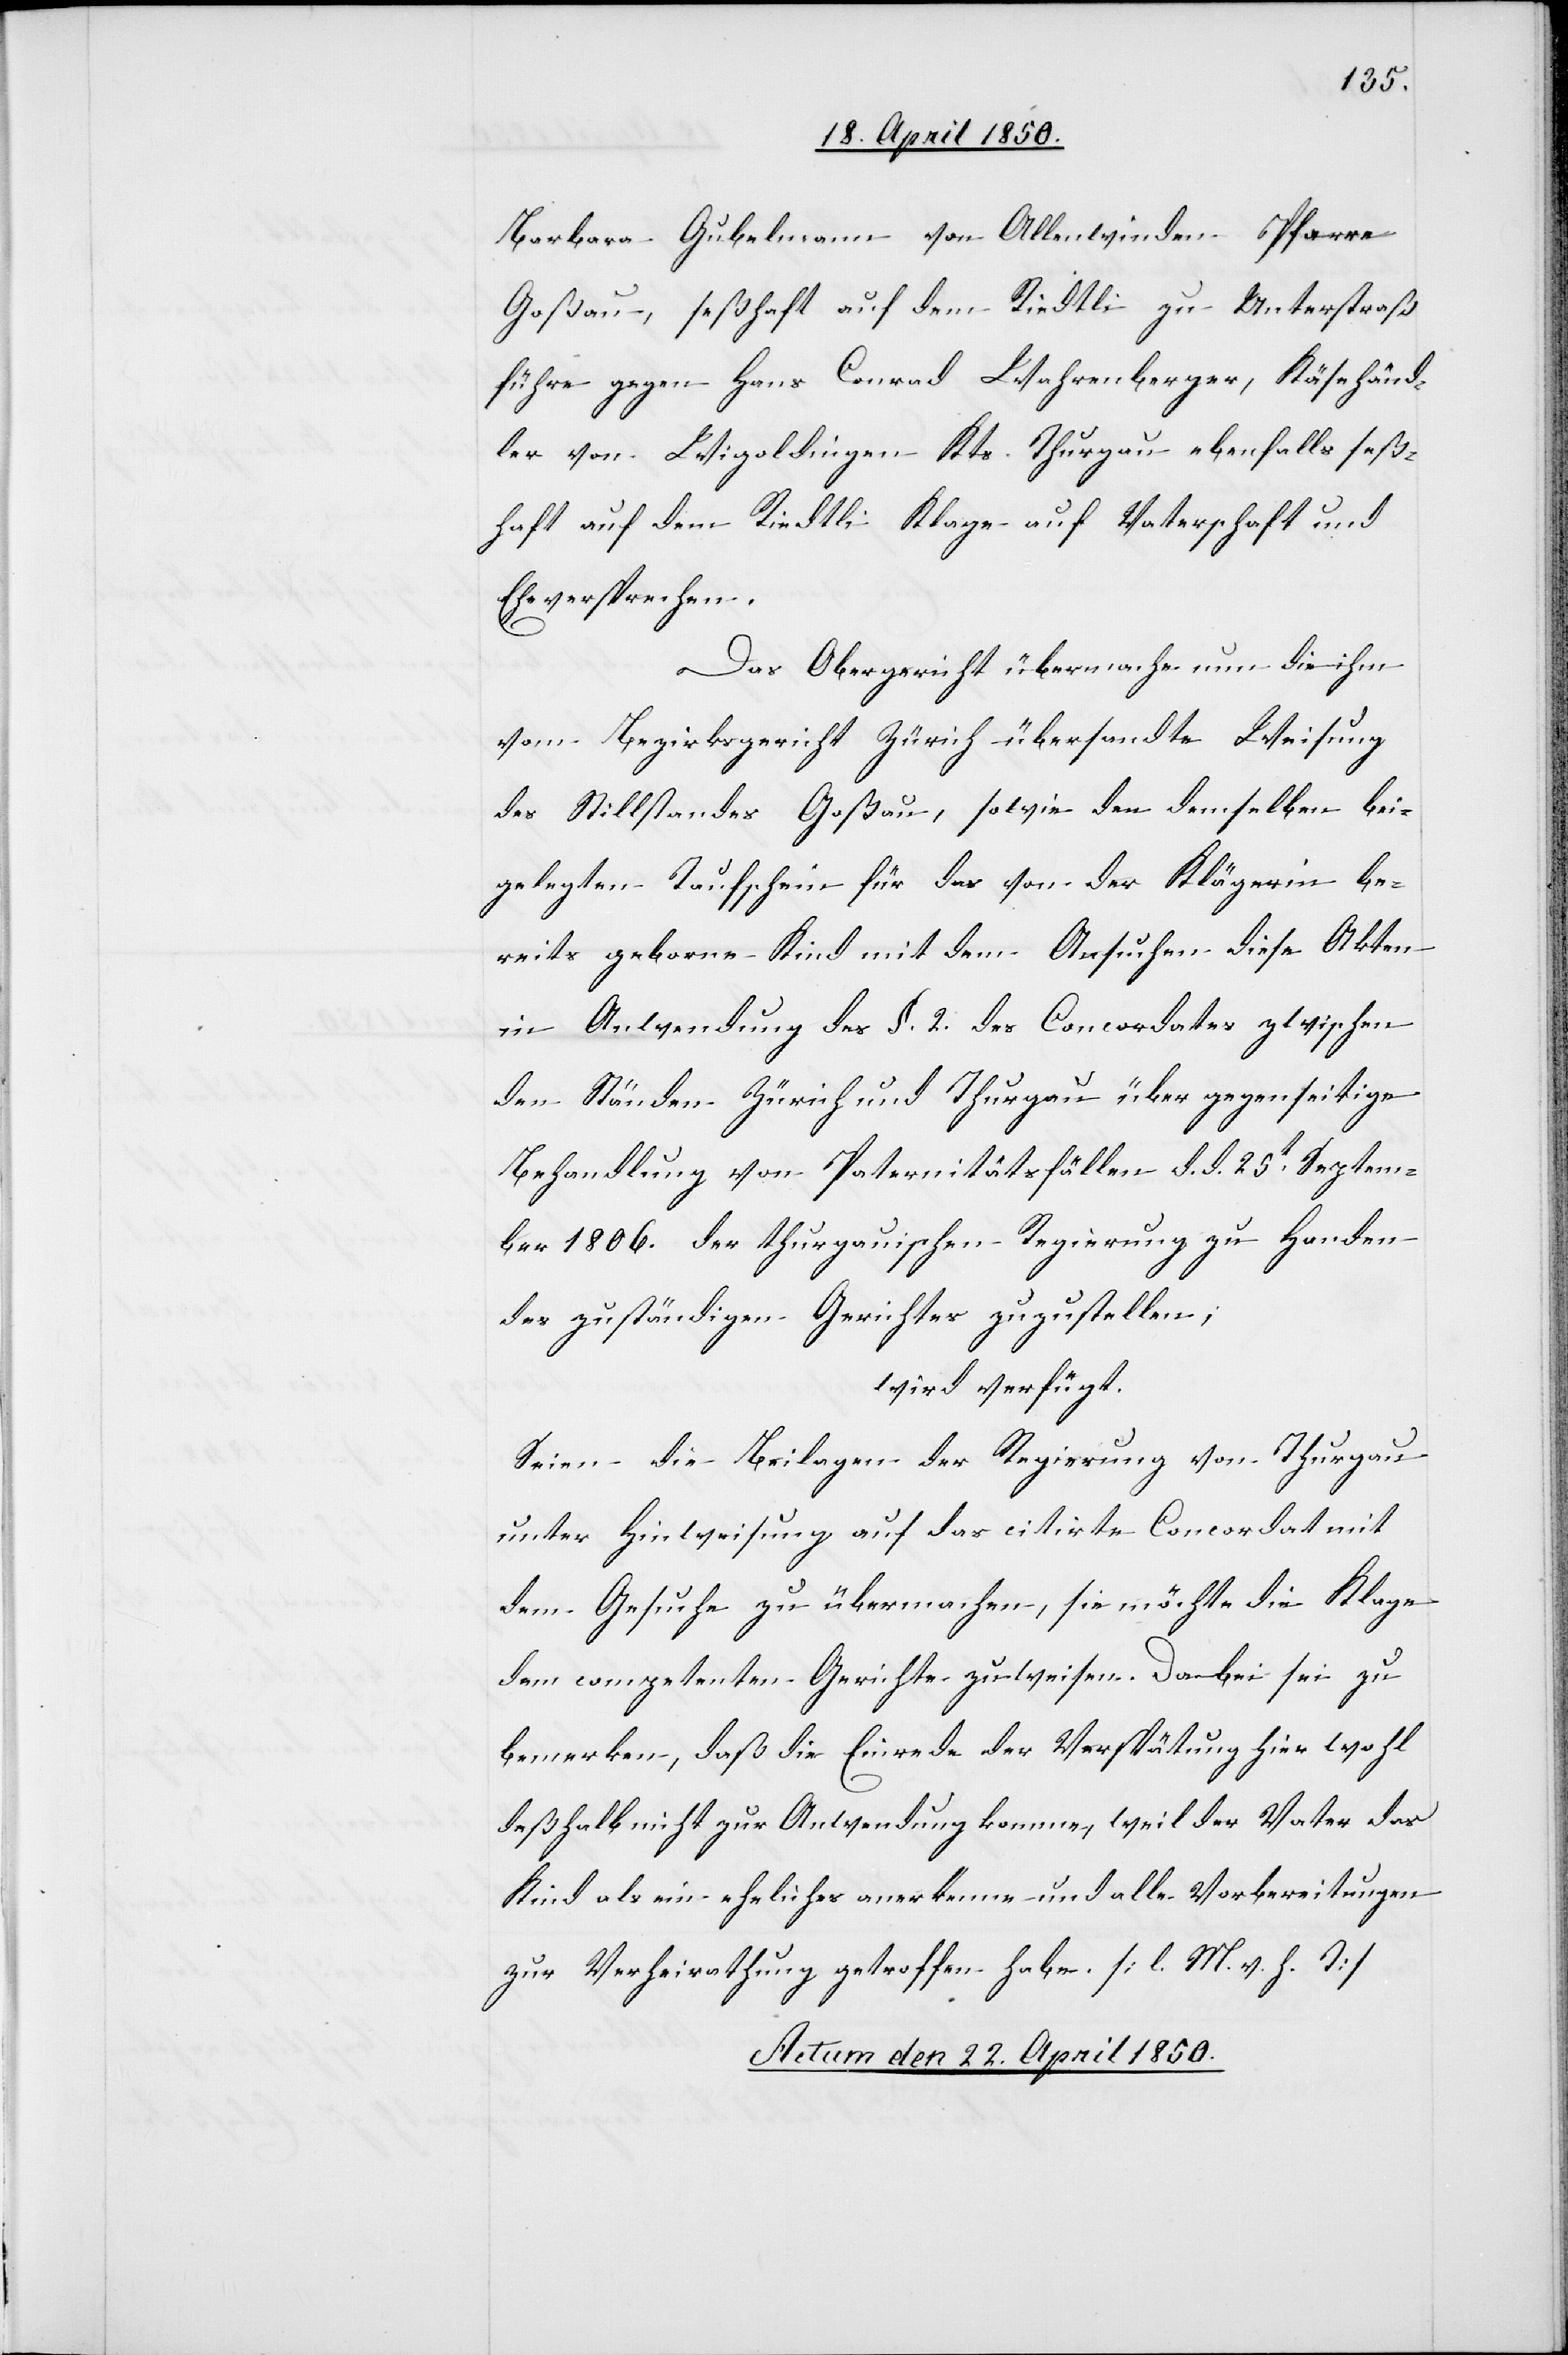
Barbara Gubelmann von Allenwinden Pfarre
Goßau seßhaft auf dem Riedtli zu Unterstraß
führe gegen Hans Conrad Wahrenberger, Käsehänd¬
ler von Wigoldingen Kts. Thurgau ebenfalls seß¬
haft auf dem Riedtli Klage auf Vaterschaft und
Eheversprechen.
Das Obergericht übermache nun die ihm
vom Bezirksgericht Zürich übersandte Weisung
des Stillstandes Goßau, sowie den demselben bei¬
gelegten Taufschein für das von der Klägerin be¬
reits geborne Kind mit dem Ansuchen diese Akten
in Anwendung des §. 2. des Concordates zwischen
den Ständen Zürich und Thurgau über gegenseitige
Behandlung von Paternitätsfällen d. d. 25t Septem¬
ber 1806. der thurgauischen Regierung zu Handen
des zuständigen Gerichtes zuzustellen;
wird verfügt.
Seien die Beilagen der Regierung von Thurgau
unter Hinweisung auf das citirte Concordat mit
dem Gesuche zu übermachen, sie möchte die Klage
dem competenten Gerichte zuweisen. Dabei sei zu
bemerken, daß die Einrede der Verspätung hier wohl
deßhalb nicht zur Anwendung komme, weil der Vater das
Kind als ein eheliches anerkenne und alle Vorbereitungen
zur Verheirathung getroffen habe. [l. M. v. h. T]
Actum den 22. April 1850.